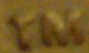
TM